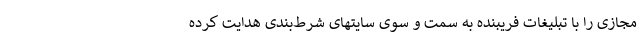
مجازی را با تبلیغات فریبنده به سمت و سوی سایتهای شرط‌بندی هدایت کرده